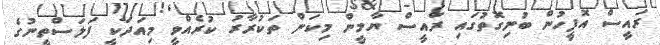
ރައީސް އޮފީހުން ބުނިގޮތުގައި ރައީސް ޔާމީން މިކަން ތަކުރާރު ކުރެއްްވީ މިއަދަކީ ފަލަސްތީނުގެ